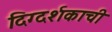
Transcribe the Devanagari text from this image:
दिग्दर्शकाची